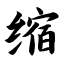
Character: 缩